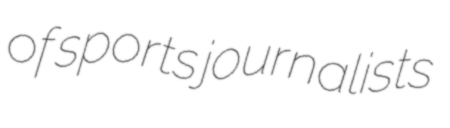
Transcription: of sports journalists